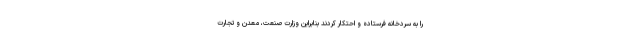
را به سردخانه فرستاده و احتکار کردند بنابراین وزارت صنعت، معدن و تجارت